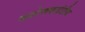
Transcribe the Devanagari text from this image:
कशेरूकदंडीय